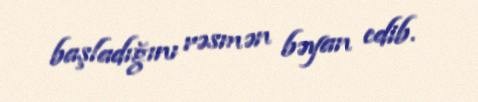
başladığını rəsmən bəyan edib.